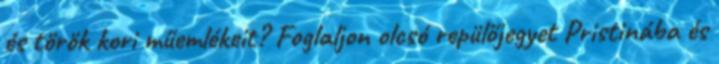
és török kori műemlékeit? Foglaljon olcsó repülőjegyet Pristinába és